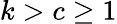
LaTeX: k>c\geq 1